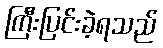
ကြီးပြင်းခဲ့ရသည်